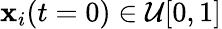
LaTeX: \mathbf{x}_{i}(t=0)\in\mathcal{{U}}[0,1]